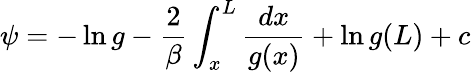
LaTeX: \psi=-\ln g-{\frac{2}{\beta}}\int_{x}^{L}{\frac{dx}{g(x)}}+\ln g(L)+c